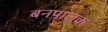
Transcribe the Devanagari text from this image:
बनपालक